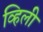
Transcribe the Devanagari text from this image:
व्हिली